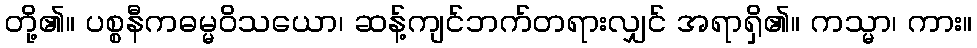
တို့၏။ ပစ္စနီကဓမ္မဝိသယော၊ ဆန့်ကျင်ဘက်တရားလျှင် အရာရှိ၏။ ကသ္မာ၊ ကား။